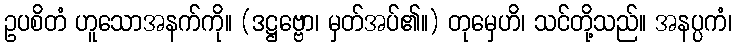
ဥပစိတံ ဟူသောအနက်ကို။ (ဒဋ္ဌဗ္ဗော၊ မှတ်အပ်၏။) တုမှေဟိ၊ သင်တို့သည်။ အနပ္ပကံ၊